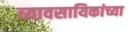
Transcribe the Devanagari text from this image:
व्यावसायिकांच्या